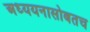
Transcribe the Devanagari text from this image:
अध्ययनासोबतच